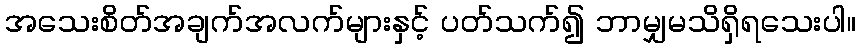
အသေးစိတ်အချက်အလက်များနှင့် ပတ်သက်၍ ဘာမျှမသိရှိရသေးပါ။